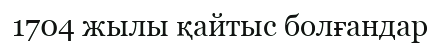
1704 жылы қайтыс болғандар